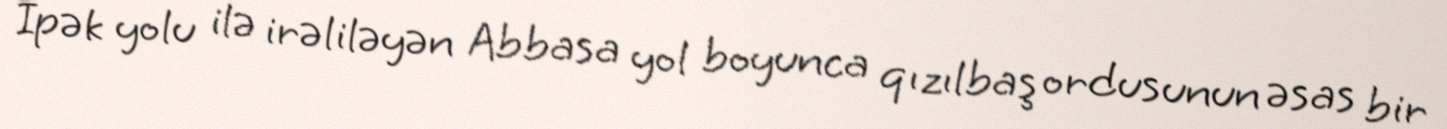
İpək yolu ilə irəliləyən Abbasa yol boyunca qızılbaş ordusunun əsas bir